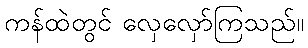
ကန်ထဲတွင် လှေလှော်ကြသည်။